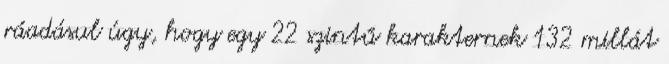
ráadásul úgy, hogy egy 22 szintű karakternek 132 millát